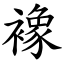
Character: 襐